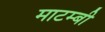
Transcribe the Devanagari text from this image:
माटम्बी